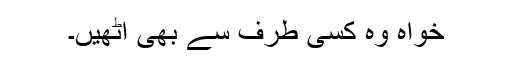
خواہ وہ کسی طرف سے بھی اُٹھیں۔